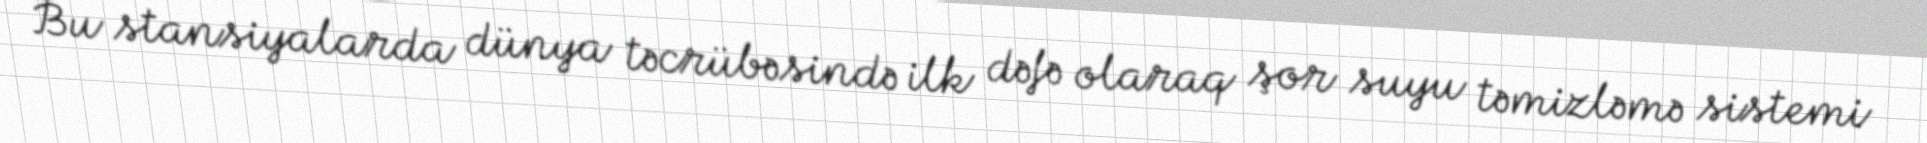
Bu stansiyalarda dünya təcrübəsində ilk dəfə olaraq şor suyu təmizləmə sistemi